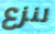
لنزع